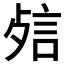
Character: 𰴬